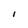
Character: l